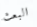
البعث